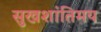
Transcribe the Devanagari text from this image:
सुखशांतिमय